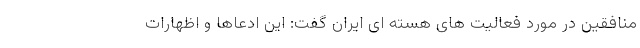
منافقین در مورد فعالیت های هسته ای ایران گفت: این ادعاها و اظهارات